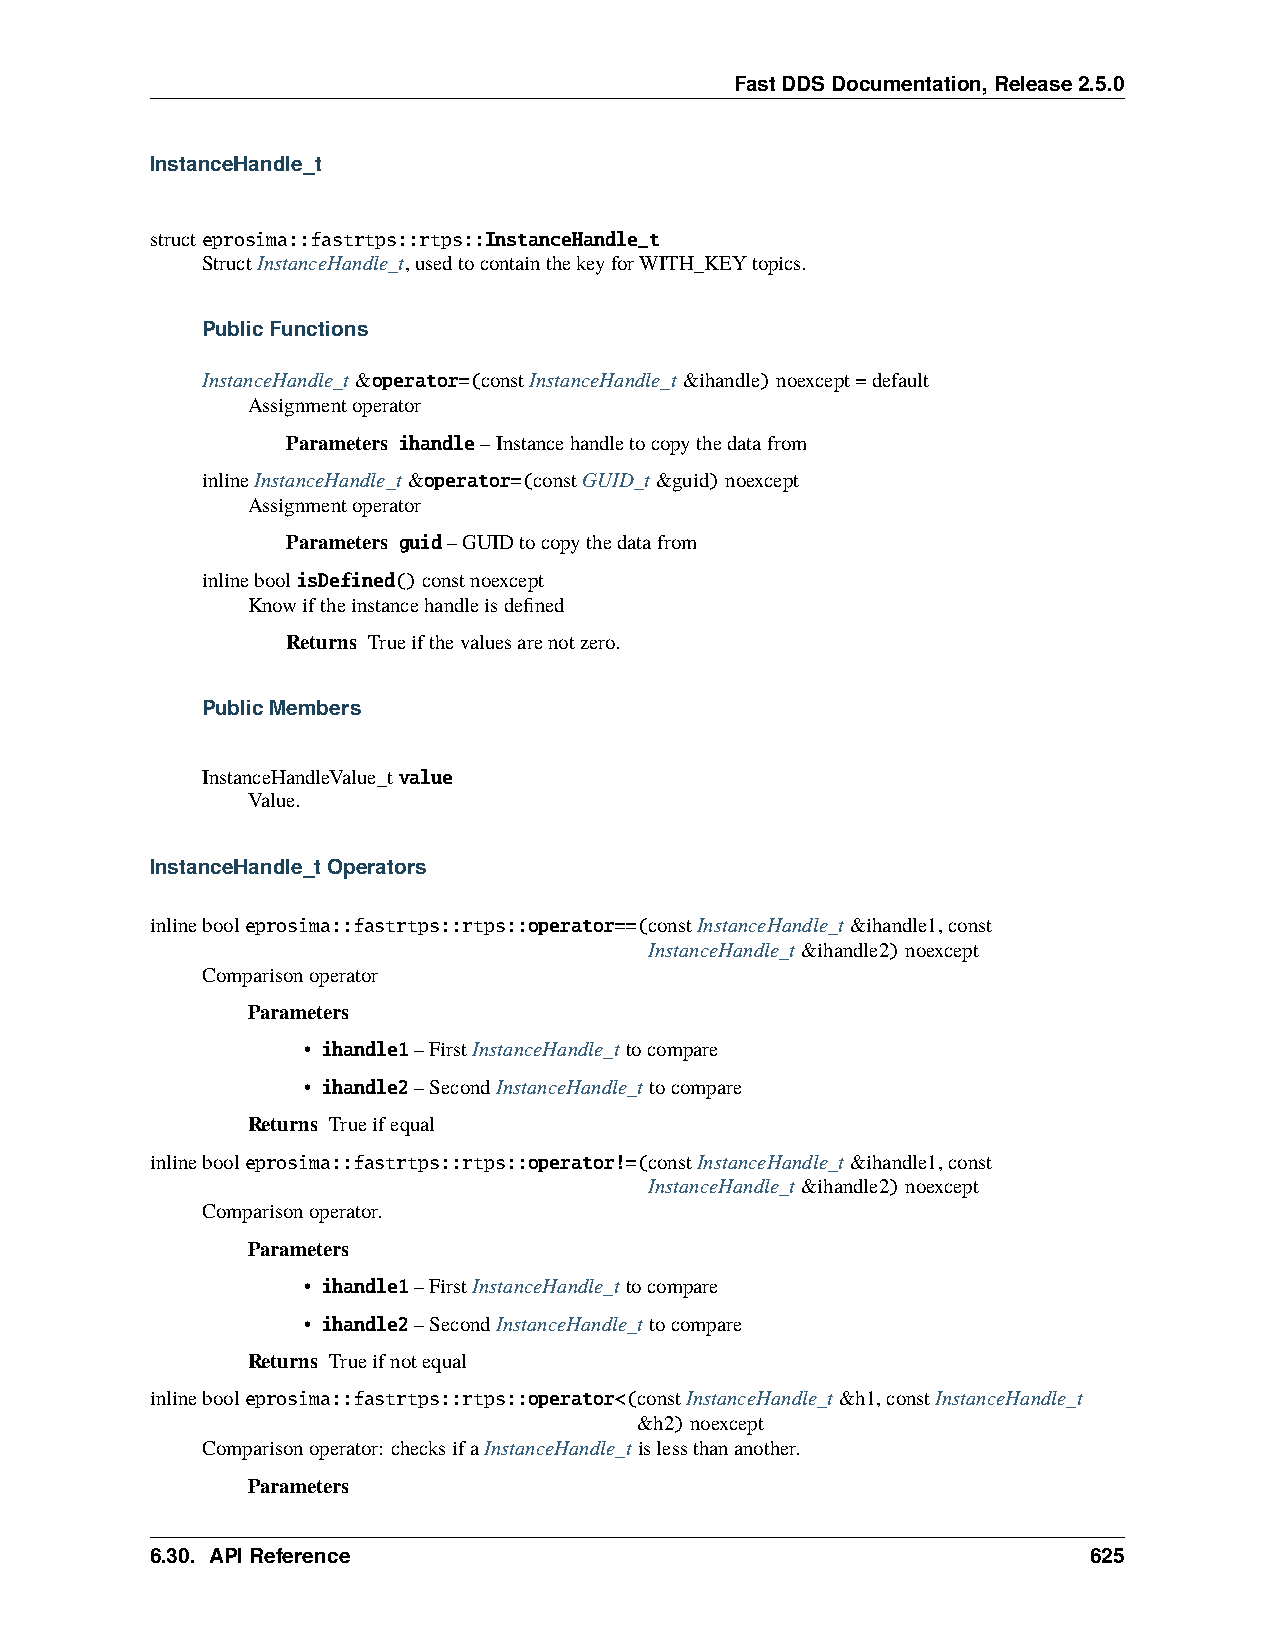
FastDDSDocumentation,Release2.5.0
 InstanceHandle_t
 structeprosima::fastrtps::rtps::InstanceHandle_t
 StructInstanceHandle_t,usedtocontainthekeyforWITH_KEYtopics.
 PublicFunctions
 InstanceHandle_t&operator=(constInstanceHandle_t&ihandle)noexcept=default
 Assignmentoperator
 Parameters ihandle–Instancehandletocopythedatafrom
 inlineInstanceHandle_t&operator=(constGUID_t&guid)noexcept
 Assignmentoperator
 Parameters guid–GUIDtocopythedatafrom
 inlineboolisDefined()constnoexcept
 Knowiftheinstancehandleisdefined
 Returns Trueifthevaluesarenotzero.
 PublicMembers
 InstanceHandleValue_tvalue
 Value.
 InstanceHandle_tOperators
 inlinebooleprosima::fastrtps::rtps::operator==(constInstanceHandle_t&ihandle1,const
 InstanceHandle_t&ihandle2)noexcept
 Comparisonoperator
 Parameters
 • ihandle1–FirstInstanceHandle_ttocompare
 • ihandle2–SecondInstanceHandle_ttocompare
 Returns Trueifequal
 inlinebooleprosima::fastrtps::rtps::operator!=(constInstanceHandle_t&ihandle1,const
 InstanceHandle_t&ihandle2)noexcept
 Comparisonoperator.
 Parameters
 • ihandle1–FirstInstanceHandle_ttocompare
 • ihandle2–SecondInstanceHandle_ttocompare
 Returns Trueifnotequal
 inlinebooleprosima::fastrtps::rtps::operator<(constInstanceHandle_t&h1,constInstanceHandle_t
 &h2)noexcept
 Comparisonoperator: checksifaInstanceHandle_tislessthananother.
 Parameters
 6.30. APIReference                                            625